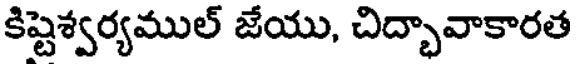
కిష్టెశ్వర్యముల్ జేయు, చిద్భావాకారత